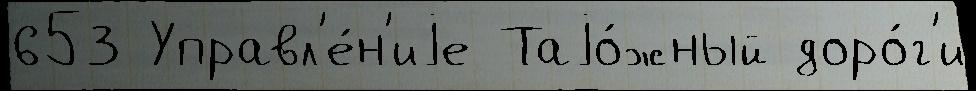
653 Управл'е́н'иjе Таjо́жный доро́г'и